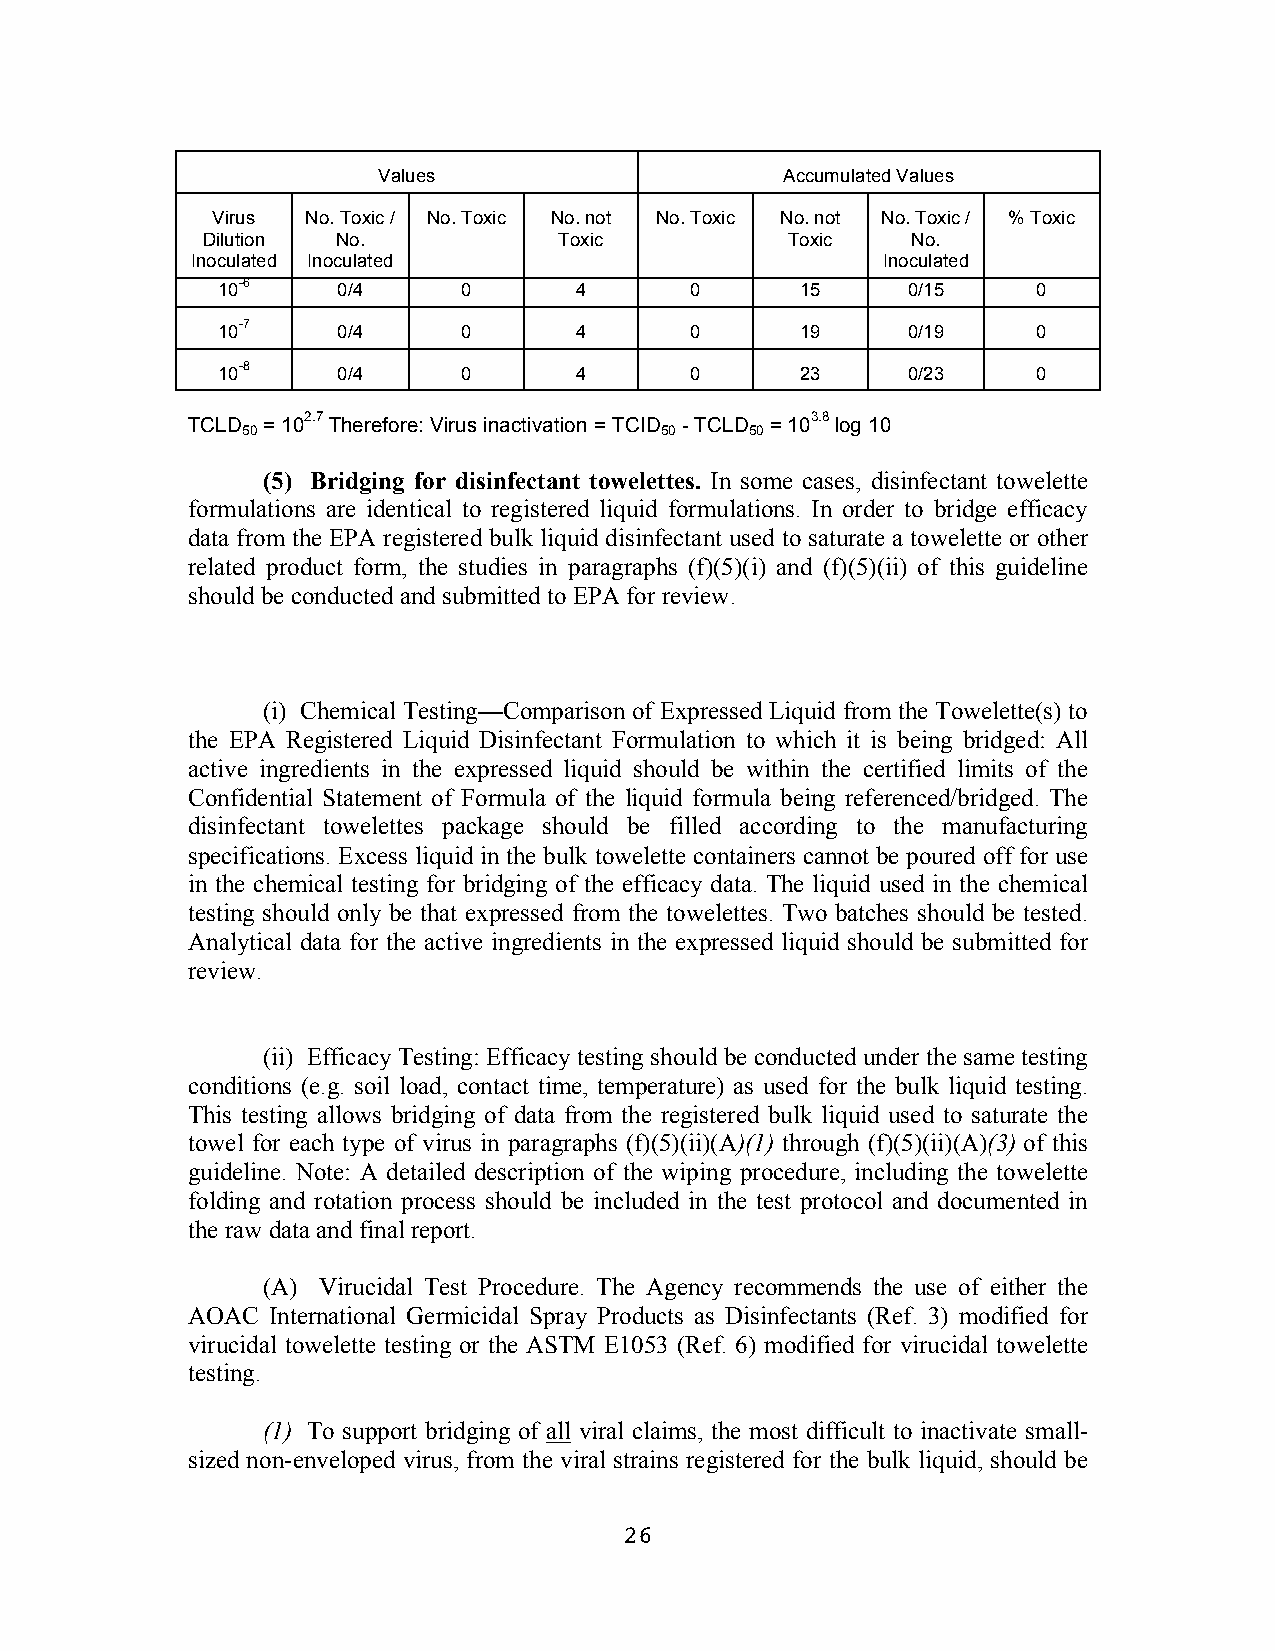
Values                     Accumulated Values
 Virus No. Toxic / No. Toxic No. not No. Toxic No. not No. Toxic / % Toxic
 Dilution No.            Toxic          Toxic   No.
 Inoculated Inoculated                        Inoculated
 10-6    0/4      0      4       0      15     0/15     0
 10-7    0/4      0      4       0      19     0/19     0
 10-8    0/4      0      4       0      23     0/23     0
 TCLD = 102.7 Therefore: Virus inactivation = TCID - TCLD = 103.8 log 10
 50                          50    50
 (5) Bridging for disinfectant towelettes. In some cases, disinfectant towelette
 formulations are identical to registered liquid formulations. In order to bridge efficacy
 data from the EPA registered bulk liquid disinfectant used to saturate a towelette or other
 related product form, the studies in paragraphs (f)(5)(i) and (f)(5)(ii) of this guideline
 should be conducted and submitted to EPA for review.
 (i) Chemical Testing—Comparison of Expressed Liquid from the Towelette(s) to
 the EPA Registered Liquid Disinfectant Formulation to which it is being bridged: All
 active ingredients in the expressed liquid should be within the certified limits of the
 Confidential Statement of Formula of the liquid formula being referenced/bridged. The
 disinfectant towelettes package should be filled according to the manufacturing
 specifications. Excess liquid in the bulk towelette containers cannot be poured off for use
 in the chemical testing for bridging of the efficacy data. The liquid used in the chemical
 testing should only be that expressed from the towelettes. Two batches should be tested.
 Analytical data for the active ingredients in the expressed liquid should be submitted for
 review.
 (ii) Efficacy Testing: Efficacy testing should be conducted under the same testing
 conditions (e.g. soil load, contact time, temperature) as used for the bulk liquid testing.
 This testing allows bridging of data from the registered bulk liquid used to saturate the
 towel for each type of virus in paragraphs (f)(5)(ii)(A)(1) through (f)(5)(ii)(A)(3) of this
 guideline. Note: A detailed description of the wiping procedure, including the towelette
 folding and rotation process should be included in the test protocol and documented in
 the raw data and final report.
 (A) Virucidal Test Procedure. The Agency recommends the use of either the
 AOAC  International Germicidal Spray Products as Disinfectants (Ref. 3) modified for
 virucidal towelette testing or the ASTM E1053 (Ref. 6) modified for virucidal towelette
 testing.
 (1) To support bridging of all viral claims, the most difficult to inactivate small-
 sized non-enveloped virus, from the viral strains registered for the bulk liquid, should be
 26